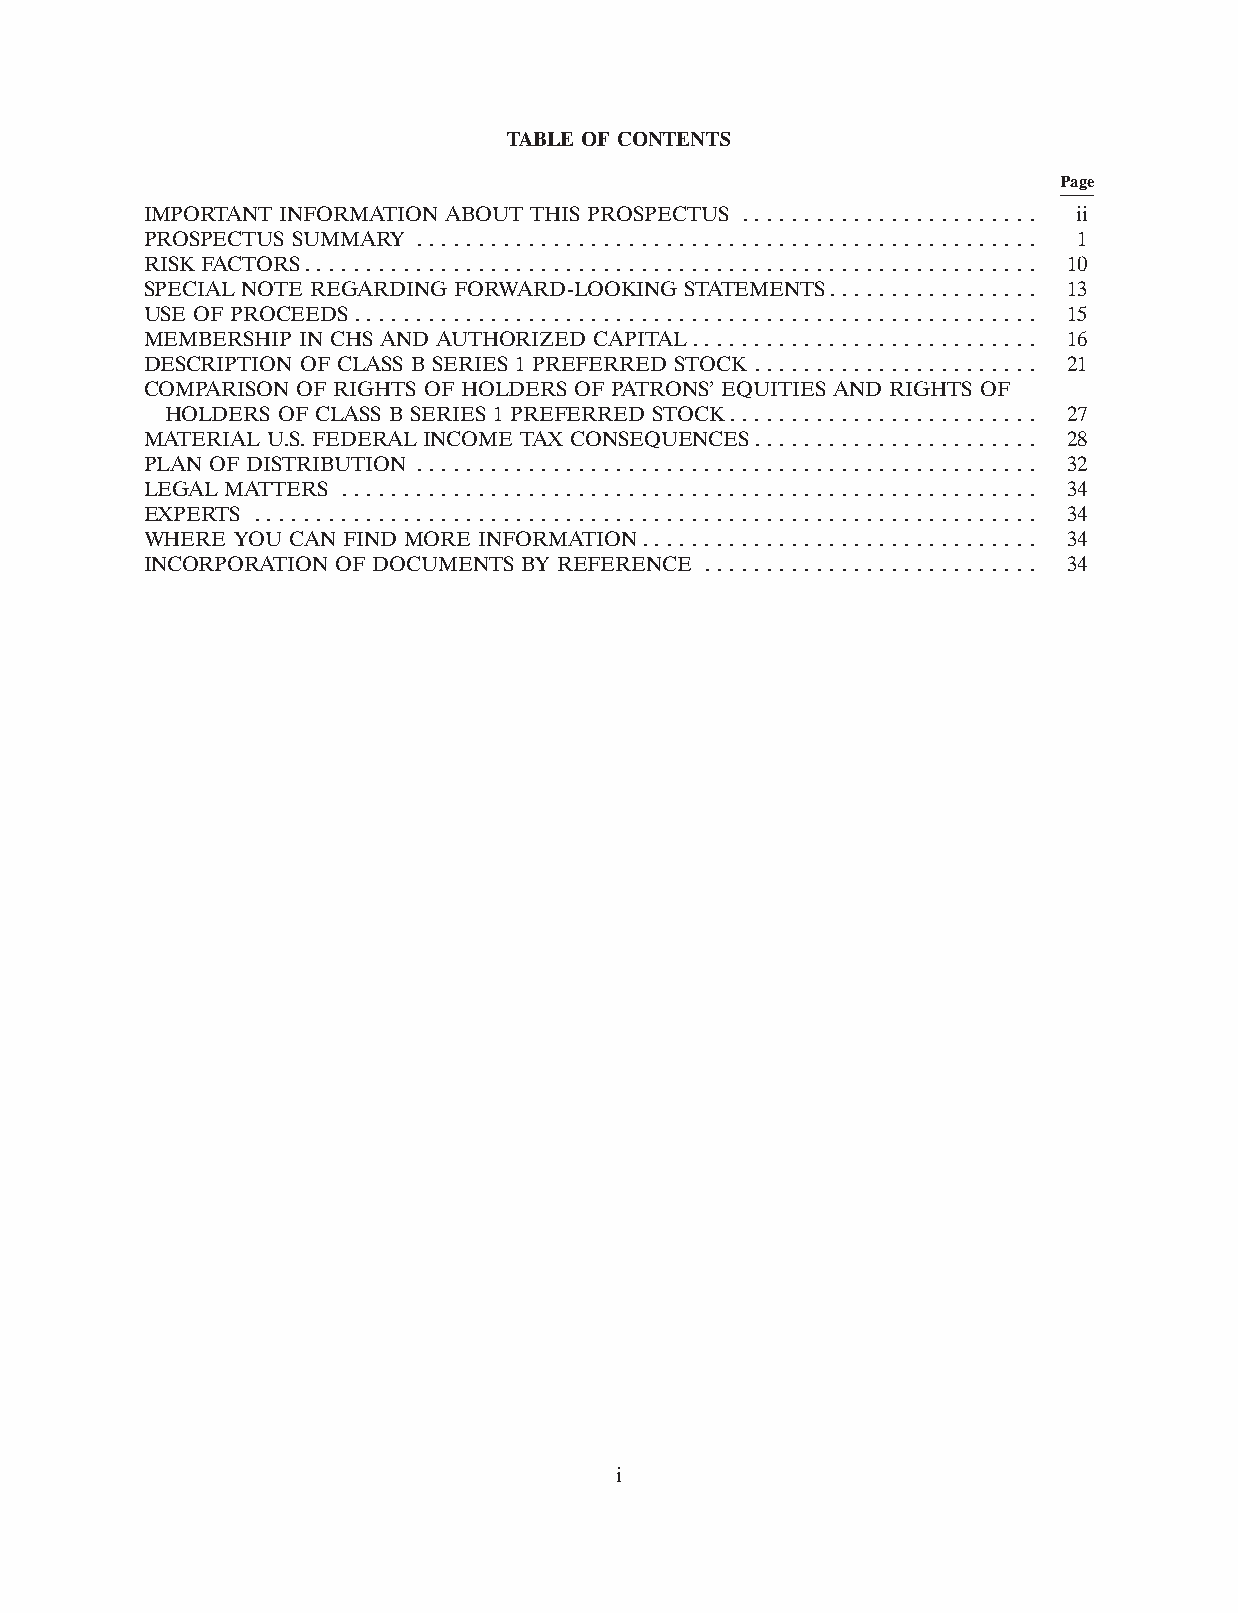
TABLE OF CONTENTS
 Page
 IMPORTANT INFORMATION ABOUT THIS PROSPECTUS . . . . . . . . . . . . . . . . . . . . . . . . ii
 PROSPECTUS SUMMARY . . . . . . . . . . . . . . . . . . . . . . . . . . . . . . . . . . . . . . . . . . . . . . . . . . 1
 RISK FACTORS. . . . . . . . . . . . . . . . . . . . . . . . . . . . . . . . . . . . . . . . . . . . . . . . . . . . . . . . . . . 10
 SPECIAL NOTE REGARDING FORWARD-LOOKING STATEMENTS. . . . . . . . . . . . . . . . . 13
 USE OF PROCEEDS. . . . . . . . . . . . . . . . . . . . . . . . . . . . . . . . . . . . . . . . . . . . . . . . . . . . . . . 15
 MEMBERSHIP IN CHS AND AUTHORIZED CAPITAL. . . . . . . . . . . . . . . . . . . . . . . . . . . . 16
 DESCRIPTION OF CLASS B SERIES 1 PREFERRED STOCK . . . . . . . . . . . . . . . . . . . . . . . 21
 COMPARISON OF RIGHTS OF HOLDERS OF PATRONS’ EQUITIES AND RIGHTS OF
 HOLDERS OF CLASS B SERIES 1 PREFERRED STOCK. . . . . . . . . . . . . . . . . . . . . . . . . 27
 MATERIAL U.S. FEDERAL INCOME TAX CONSEQUENCES. . . . . . . . . . . . . . . . . . . . . . . 28
 PLAN OF DISTRIBUTION . . . . . . . . . . . . . . . . . . . . . . . . . . . . . . . . . . . . . . . . . . . . . . . . . . 32
 LEGAL MATTERS . . . . . . . . . . . . . . . . . . . . . . . . . . . . . . . . . . . . . . . . . . . . . . . . . . . . . . . . 34
 EXPERTS . . . . . . . . . . . . . . . . . . . . . . . . . . . . . . . . . . . . . . . . . . . . . . . . . . . . . . . . . . . . . . . 34
 WHERE YOU CAN FIND MORE INFORMATION. . . . . . . . . . . . . . . . . . . . . . . . . . . . . . . . 34
 INCORPORATION OF DOCUMENTS BY REFERENCE . . . . . . . . . . . . . . . . . . . . . . . . . . . 34
 i